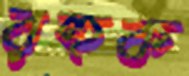
রহুক